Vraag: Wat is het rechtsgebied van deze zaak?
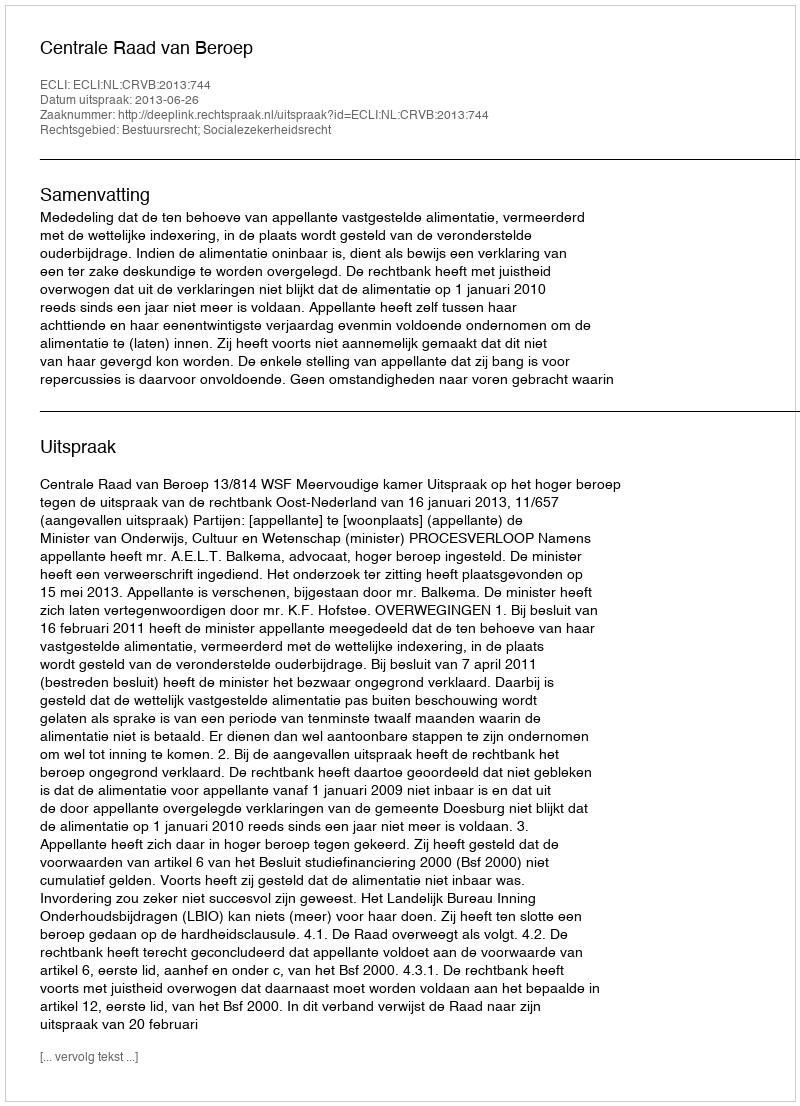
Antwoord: Bestuursrecht; Socialezekerheidsrecht